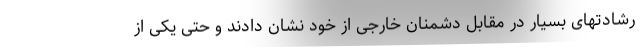
رشادتهای بسیار در مقابل دشمنان خارجی از خود نشان دادند و حتی یکی از